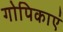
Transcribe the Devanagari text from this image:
गोपिकाएं